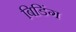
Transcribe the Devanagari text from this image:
बिडिंग